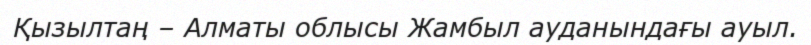
Қызылтаң – Алматы облысы Жамбыл ауданындағы ауыл.